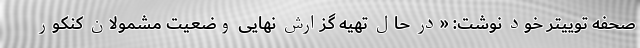
صحفه توییتر خود نوشت: «در حال تهیه گزارش نهایی وضعیت مشمولان کنکور